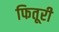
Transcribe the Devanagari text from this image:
फितूरी